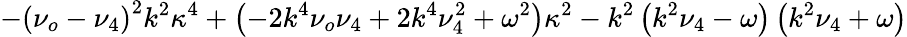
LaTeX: -\left(\nu_{o}-\nu_{4}\right)^{2}k^{2}\kappa^{4}+\left(-2k^{4}\nu_{o}\nu_{4}+2k^{4}\nu_{4}^{2}+\omega^{2}\right)\kappa^{2}-k^{2}\left(k^{2}\nu_{4}-\omega\right)\left(k^{2}\nu_{4}+\omega\right)